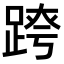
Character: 𨂍